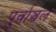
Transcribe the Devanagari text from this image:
पुर्वाञ्चल